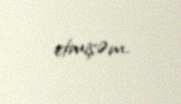
etmişəm.